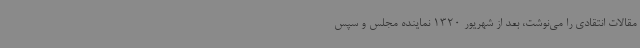
مقالات انتقادی را می‌نوشت، بعد از شهریور 1320 نماینده مجلس و سپس